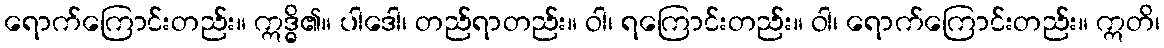
ရောက်ကြောင်းတည်း။ ဣဒ္ဓိ၏။ ပါဒေါ၊ တည်ရာတည်း။ ဝါ၊ ရကြောင်းတည်း။ ဝါ၊ ရောက်ကြောင်းတည်း။ ဣတိ၊